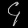
Digit: ၄